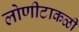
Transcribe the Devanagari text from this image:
लोणीटाकळी